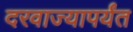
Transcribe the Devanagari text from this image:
दरवाज्यापर्यंत